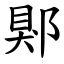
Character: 郹